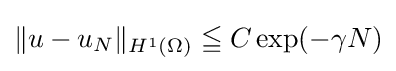
\|u-u_{N}\|_{H^{1}(\Omega )}\leqq C\exp(-\gamma N)